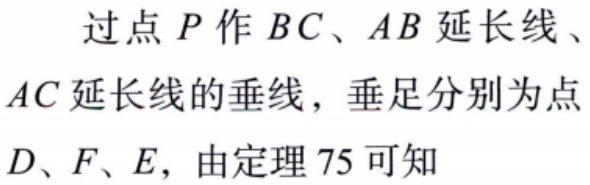
过点\(P\)作\(BC\)、\(AB\)延长线、\(AC\)延长线的垂线，垂足分别为点\(D\)、\(F\)、\(E\)，由定理\(75\)可知